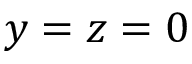
y = z = 0